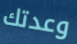
وعدتك